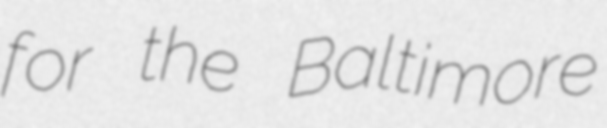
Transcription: for the Baltimore